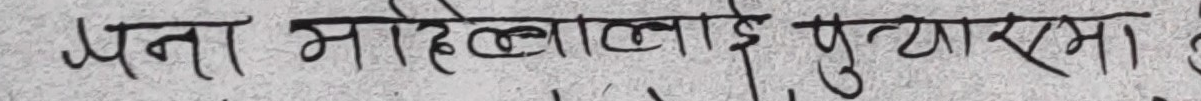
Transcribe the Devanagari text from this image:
मना माहिलालाई पुऱ्याएमा ।